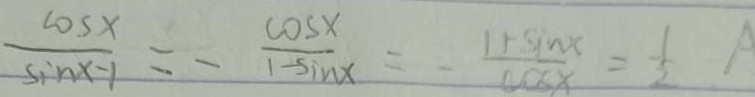
\frac { \cos x } { \sin x - 1 } = - \frac { \cos x } { 1 - \sin x } = - \frac { 1 + \sin x } { \cos x } = \frac { 1 } { 2 } A